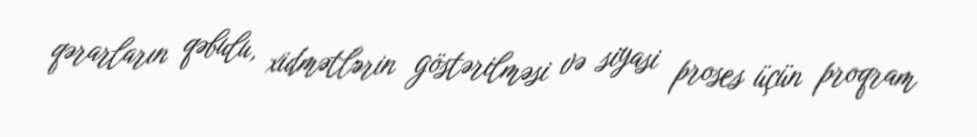
qərarların qəbulu, xidmətlərin göstərilməsi və siyasi proses üçün proqram